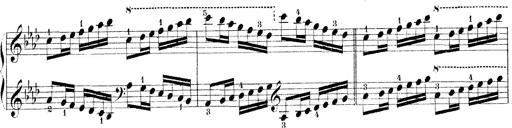
Title: Technische Studien
Composer: Franz Liszt